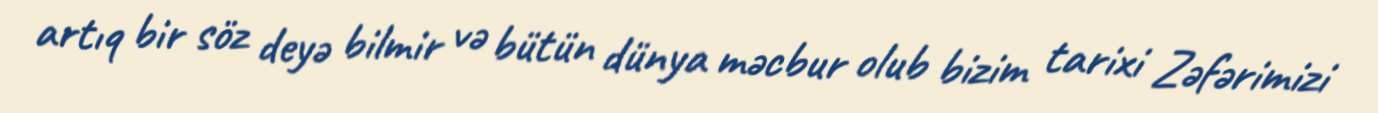
artıq bir söz deyə bilmir və bütün dünya məcbur olub bizim tarixi Zəfərimizi